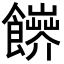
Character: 𩟑